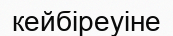
кейбіреуіне